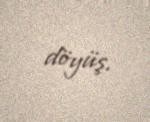
döyüş.